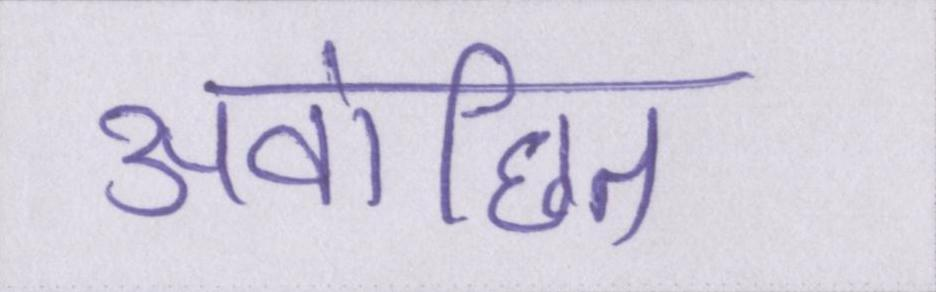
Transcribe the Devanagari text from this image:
अवांछित